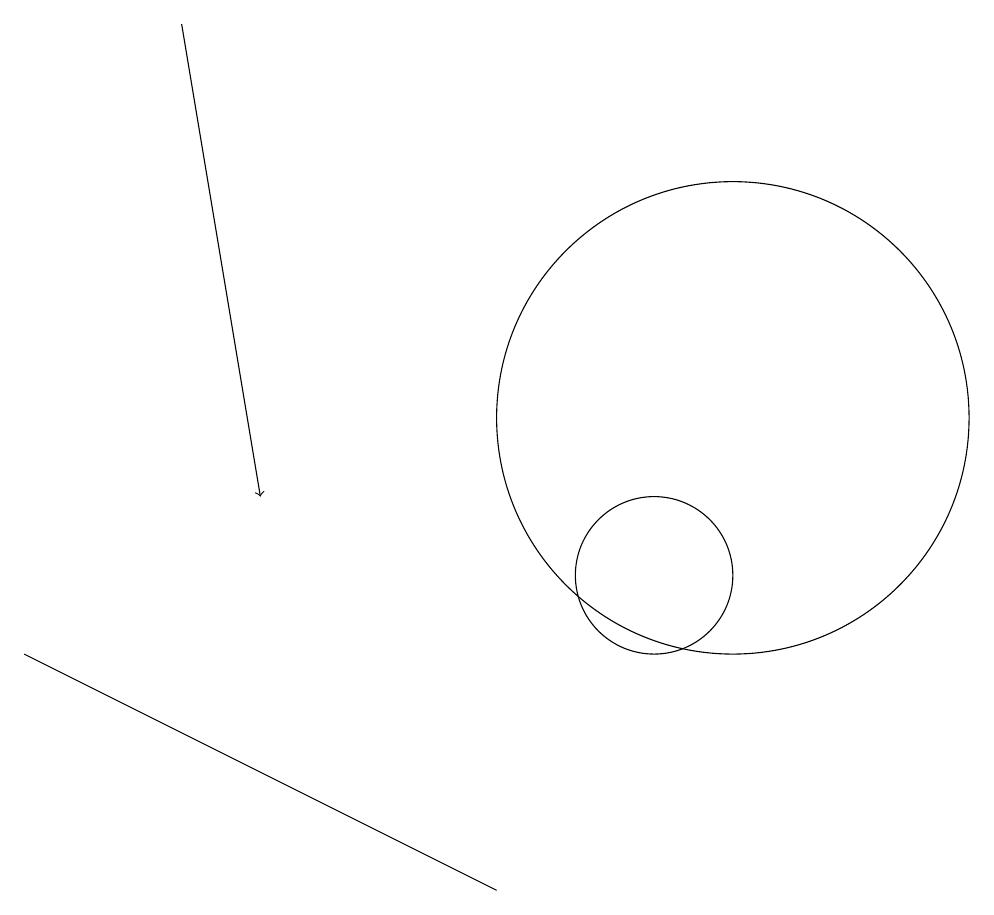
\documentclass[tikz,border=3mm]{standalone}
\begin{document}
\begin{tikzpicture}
\draw (11,12) circle (3);
\draw (2,9) -- (8,6) -- (6,7) -- cycle;
\draw (10,10) circle (1);
\draw[->] (4,17) -- (5,11);
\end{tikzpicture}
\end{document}